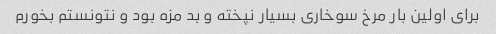
برای اولین بار مرخ سوخاری بسیار نپخته و بد مزه بود و نتونستم بخورم